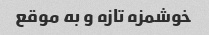
خوشمزه تازه و به موقع